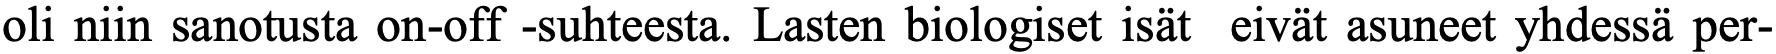
oli niin sanotusta on-off -suhteesta. Lasten biologiset isät eivät asuneet yhdessä per-